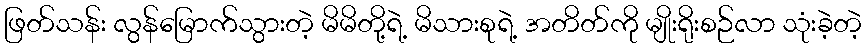
ဖြတ်သန်း လွန်မြောက်သွားတဲ့ မိမိတို့ရဲ့ မိသားစုရဲ့ အတိတ်ကို မျိုးရိုးစဉ်လာ သုံးခဲ့တဲ့